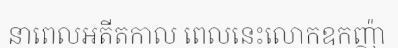
នាពេលអតីតកាល ពេលនេះលោកឧកញ៉ា